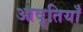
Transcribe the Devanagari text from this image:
आवृतियाँ